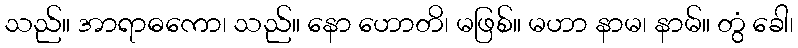
သည်။ အာရာဓကော၊ သည်။ နော ဟောတိ၊ မဖြစ်။ မဟာ နာမ၊ နာမ်။ တွံ ခေါ၊